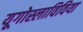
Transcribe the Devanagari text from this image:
यूगोस्लाविविया